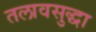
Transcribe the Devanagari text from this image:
तलावसुद्धा